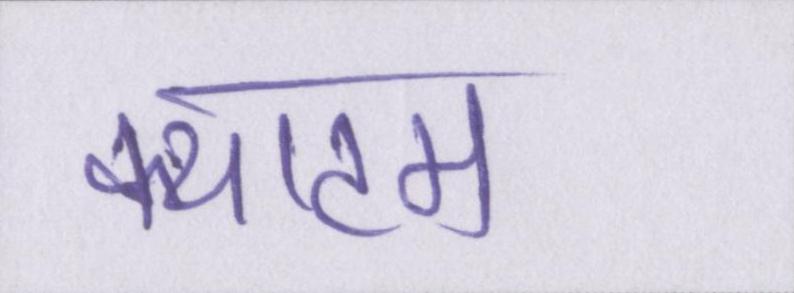
क्याटम